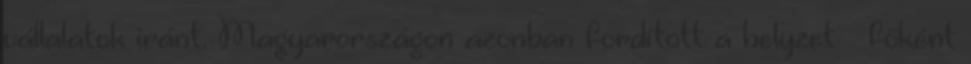
vállalatok iránt. Magyarországon azonban fordított a helyzet – főként